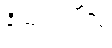
နိယျာဒယိံသု